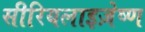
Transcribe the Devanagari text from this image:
सीरियलाइज़ेष्ण